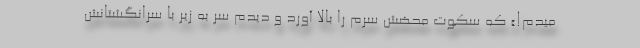
میدم!» که سکوت محضش سرم را بالا آورد و دیدم سر به زیر با سرانگشتانش